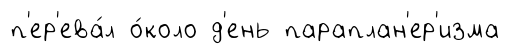
п'ер'ева́л о́коло д'ень параплан'ер'изма